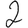
Digit: 2